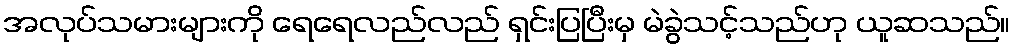
အလုပ်သမားများကို ရေရေလည်လည် ရှင်းပြပြီးမှ မဲခွဲသင့်သည်ဟု ယူဆသည်။